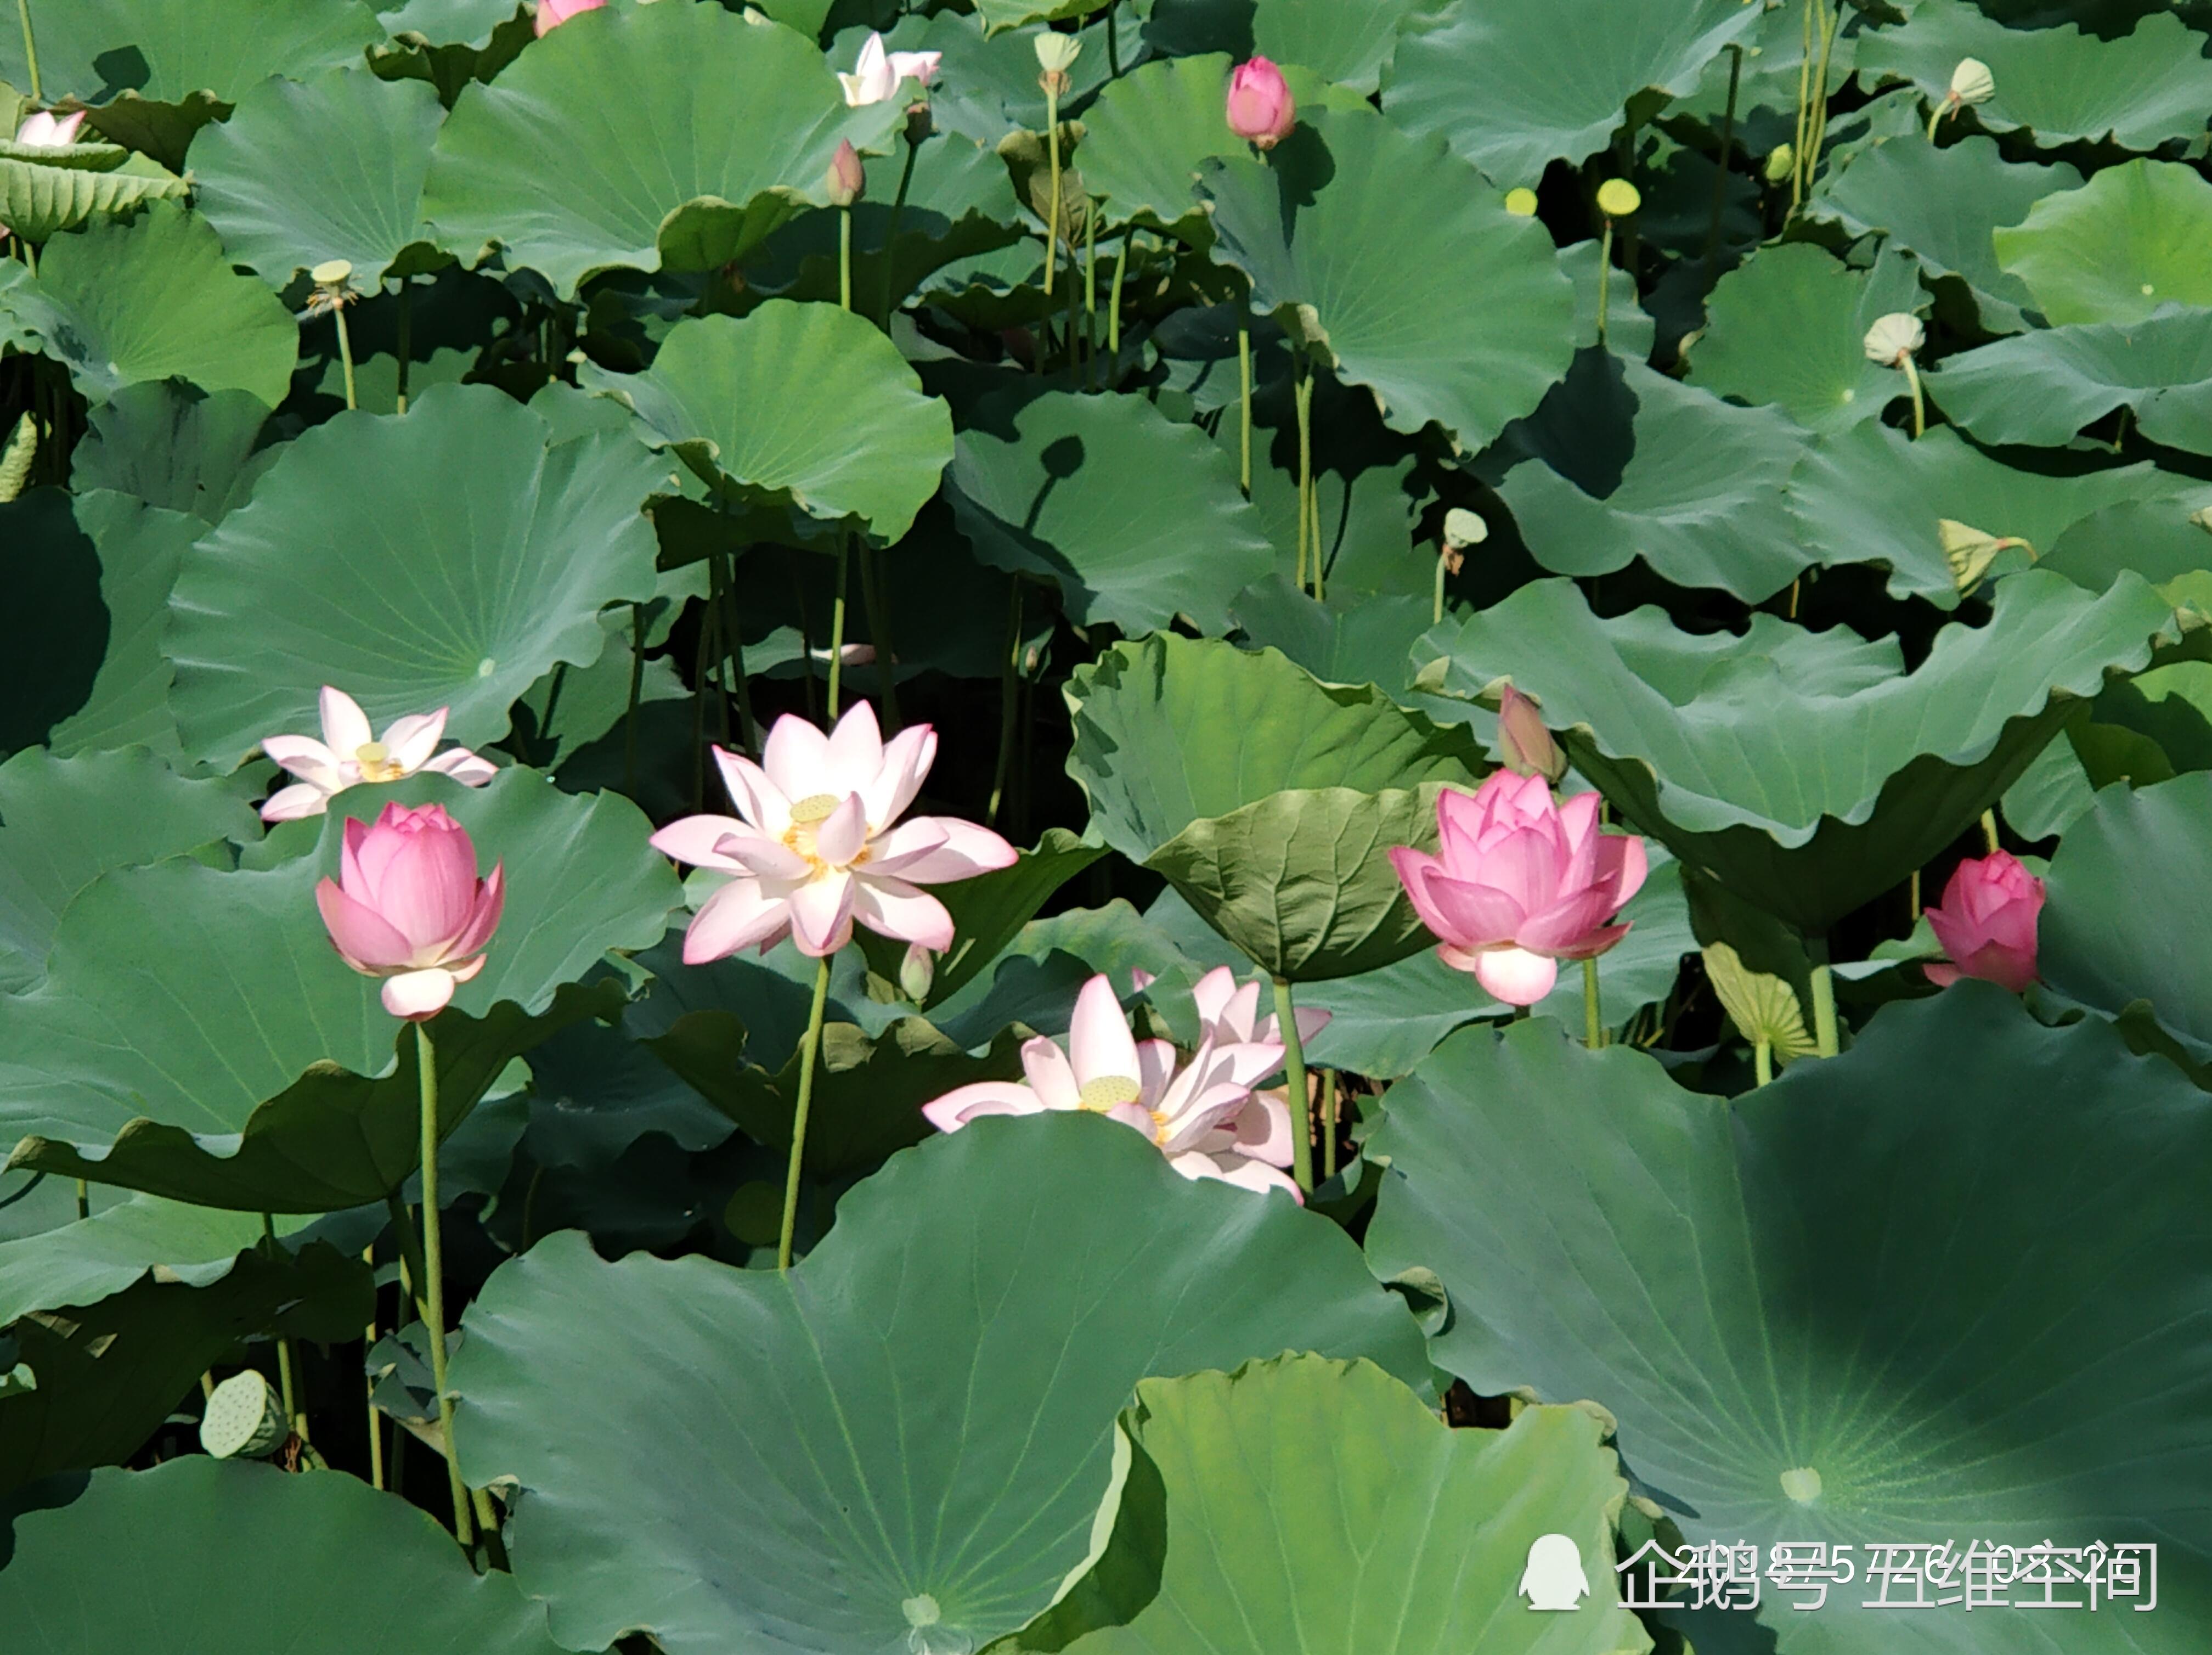
艇子几时同泛？待折荷花临鉴。